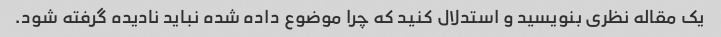
یک مقاله نظری بنویسید و استدلال کنید که چرا موضوع داده شده نباید نادیده گرفته شود.